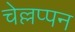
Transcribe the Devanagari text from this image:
चेल्लप्पन